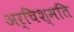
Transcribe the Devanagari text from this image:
अर्चिश्मति